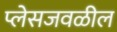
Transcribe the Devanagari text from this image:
प्लेसजवळील